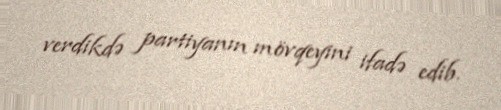
verdikdə partiyanın mövqeyini ifadə edib.